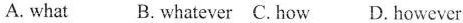
A. what B.whatever C. how D. however